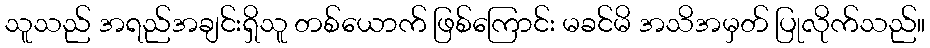
သူသည် အရည်အချင်းရှိသူ တစ်ယောက် ဖြစ်ကြောင်း မခင်မိ အသိအမှတ် ပြုလိုက်သည်။